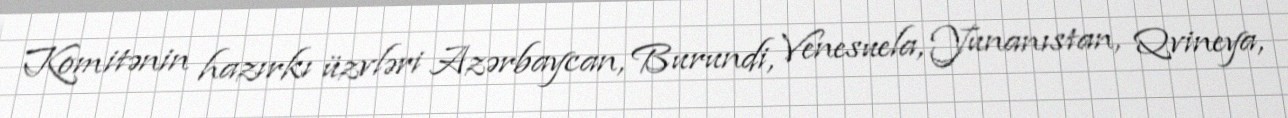
Komitənin hazırkı üzvləri Azərbaycan, Burundi, Venesuela, Yunanıstan, Qvineya,